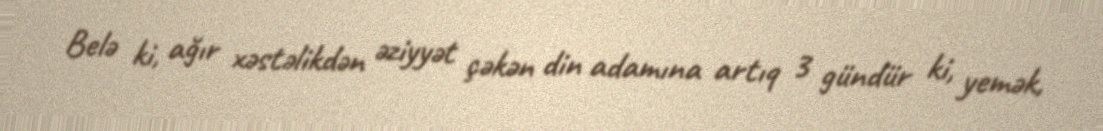
Belə ki, ağır xəstəlikdən əziyyət çəkən din adamına artıq 3 gündür ki, yemək,